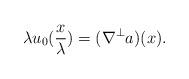
LaTeX: \begin{align*} \lambda u_0(\frac x {\lambda}) = (\nabla^{\perp} a)(x).\end{align*}